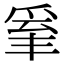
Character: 𤔒